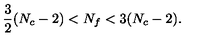
\frac { 3 } { 2 } ( N _ { c } - 2 ) < N _ { f } < 3 ( N _ { c } - 2 ) .